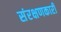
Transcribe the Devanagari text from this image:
संरक्षणकारी